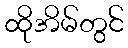
ထိုအိမ်တွင်